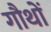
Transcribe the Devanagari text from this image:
गौथों